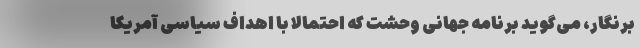
برنگار، می‌گوید برنامه جهانی وحشت که احتمالا با اهداف سیاسی آمریکا